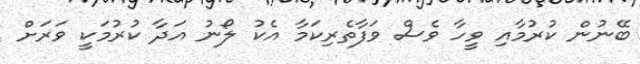
ބޭނުން ކުރުމާއި ވީހާ ވެސް ވަފާތެރިކަމާ އެކު ލޯނު އަދާ ކުރުމަކީ ވަރަށް